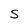
Character: S